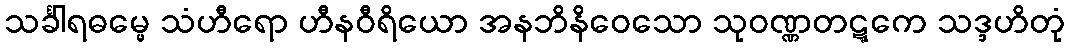
သင်္ခါရဓမ္မေ သံဟီရော ဟီနဝီရိယော အနဘိနိဝေသော သုဝဏ္ဏတဋ္ဋကေ သဒ္ဒဟိတုံ